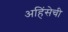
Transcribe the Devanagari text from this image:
अहिंसेची